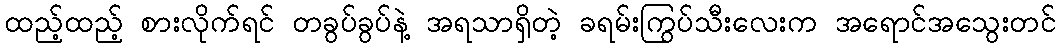
ထည့်ထည့် စားလိုက်ရင် တခွပ်ခွပ်နဲ့ အရသာရှိတဲ့ ခရမ်းကြွပ်သီးလေးက အရောင်အသွေးတင်